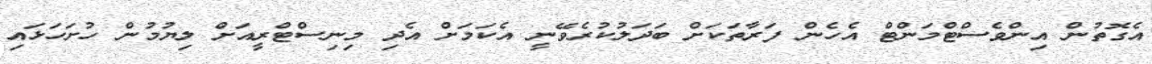
އެގޮތުން އިންވެސްޓްމަންޓް އެހެން ފަރާތަކަށް ބަދަލުކުރެވޭނީ އެކަމަށް އެދި މިނިސްޓްރީއަށް ލިޔުމުން ހުށަހަޅައި